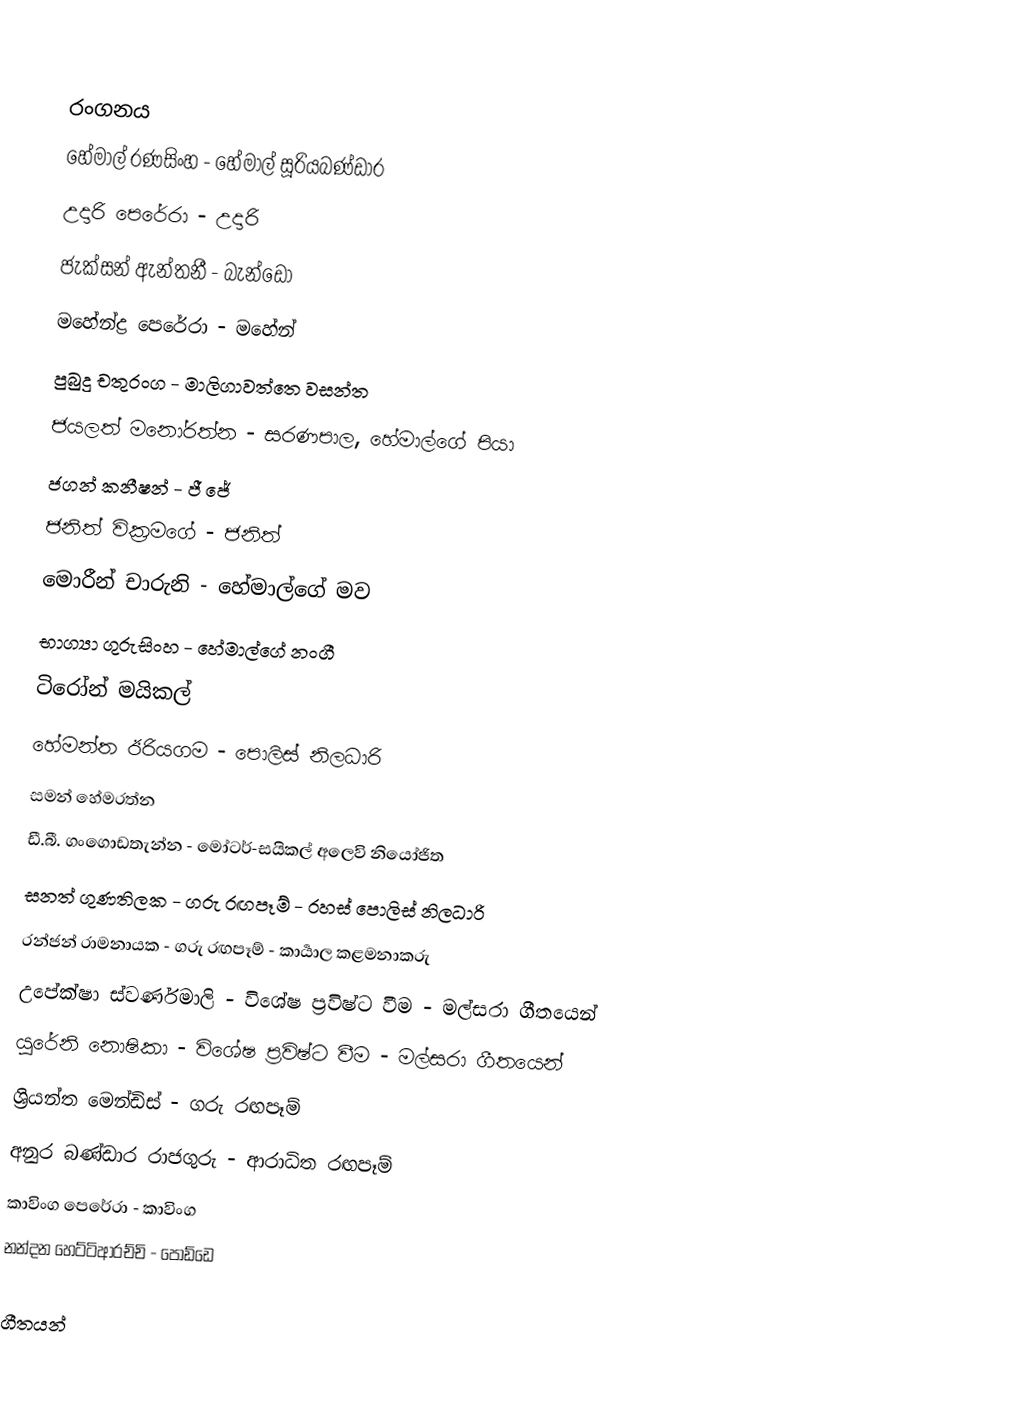

රංගනය
හේමාල් රණසිංහ - හේමාල් සූරියබණ්ඩාර
උදාරි පෙරේරා - උදාරි
ජැක්සන් ඇන්තනී - බැන්ඩෝ
මහේන්ද්‍ර පෙරේරා - මහේන්
පුබුදු චතුරංග - මාලිගාවත්තෙ වසන්ත
ජයලත් මනෝරත්න - සරණපාල, හේමාල්ගේ පියා
ජගන් කනීෂන් - ජී ජේ
ජනිත් වික්‍රමගේ - ජනිත්
මොරීන් චාරුනි - හේමාල්ගේ මව
භාග්‍යා ගුරුසිංහ - හේමාල්ගේ නංගී
ටිරෝන් මයිකල්
හේමන්ත ඊරියගම - පොලිස් නිලධාරි
සමන් හේමරත්න
ඩී.බී. ගංගොඩතැන්න - මෝටර්-සයිකල් අලෙවි නියෝජිත
සනත් ගුණතිලක - ගරු රඟපෑම් - රහස් පොලිස් නිලධාරි
රන්ජන් රාමනායක - ගරු රඟපෑම් - කාර්‍යාල කළමනාකරු
උපේක්ෂා ස්වර්ණමාලි - විශේෂ ප්‍රවිෂ්ට වීම - මල්සරා ගීතයෙන්
යුරේනි නොෂිකා - විශේෂ ප්‍රවිෂ්ට වීම - මල්සරා ගීතයෙන්
ශ්‍රියන්ත මෙන්ඩිස් - ගරු රඟපෑම්
අනුර බණ්ඩාර රාජගුරු - ආරාධිත රඟපෑම්
කාවිංග පෙරේරා - කාවිංග
නන්දන හෙට්ටිආරච්චි - පොඩ්ඩෙ

ගීතයන්